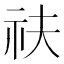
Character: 䃿